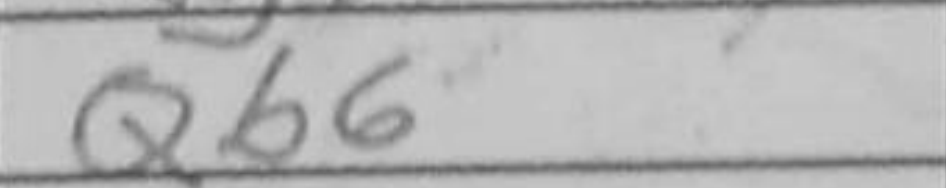
Transcription: Qb6